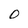
Character: O